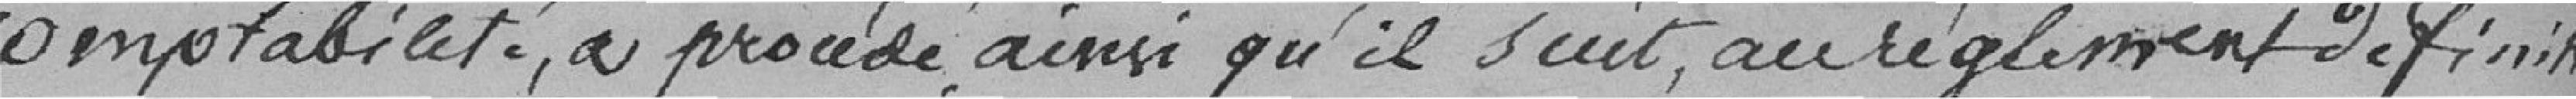
comptabilité, procède ainsi qu'il suit, au règlement définitif